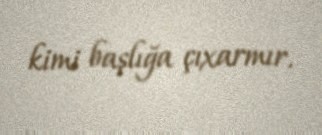
kimi başlığa çıxarmır.